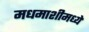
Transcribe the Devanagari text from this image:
मधमाशीमध्ये